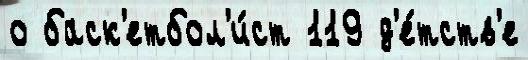
о баск'етбол'и́ст 119 д'е́тств'е